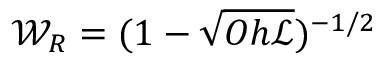
{ \mathcal { W } } _ { R } = { ( 1 - \sqrt { O h { \mathscr { L } } } ) ^ { - 1 / 2 } }